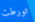
تورطت